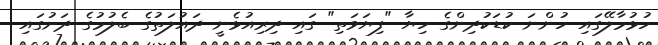
ހުޅުމާލޭގައި ހުންނަ ކުޑަކުދިންގެ ހިޔާ "ފިޔަވަތި" ގައި ދިރިއުޅެނީ ދައުލަތުގެ ބެލުމުގެ ދަށުގައި